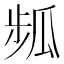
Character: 𤫻